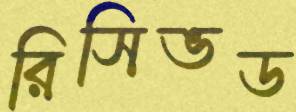
রিসিভড